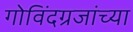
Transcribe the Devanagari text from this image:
गोविंदग्रजांच्या